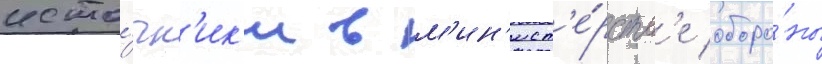
исто́чн'ик'и в м'ин'ист'е́рств'е оборо́ны